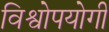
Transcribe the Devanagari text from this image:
विश्वोपयोगी